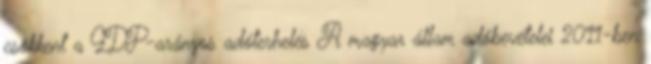
csökkent a GDP-arányos adóterhelés A magyar állam adóbevételei 2011-ben